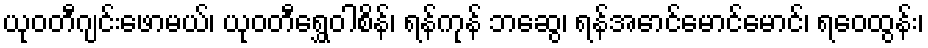
ယုဝတီဂျင်းဖောမယ်၊ ယုဝတီရွှေဝါစိန်၊ ရန်ကုန် ဘဆွေ၊ ရန်အောင်မောင်မောင်၊ ရဝေထွန်း၊